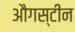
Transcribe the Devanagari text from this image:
औगस्टीन